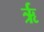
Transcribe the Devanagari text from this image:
र्ऋ